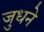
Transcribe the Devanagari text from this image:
जुधने